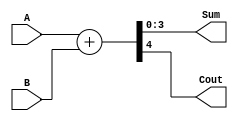
module adder(A, B, Sum, Cout);
parameter n=4;

input [n-1:0] A;
input [n-1:0] B;
output [n-1:0] Sum;
output Cout;

wire [n:0] Result;

assign Result = A + B;
assign Sum = Result[n-1:0];
assign Cout = Result[n];

endmodule